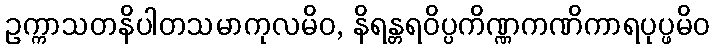
ဥက္ကာသတနိပါတသမာကုလမိဝ, နိရန္တရဝိပ္ပကိဏ္ဏကဏိကာရပုပ္ဖမိဝ